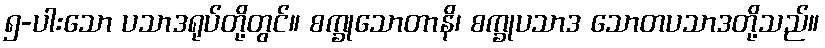
၅-ပါးသော ပသာဒရုပ်တို့တွင်။ စက္ခုသောတာနိ၊ စက္ခုပသာဒ သောတပသာဒတို့သည်။